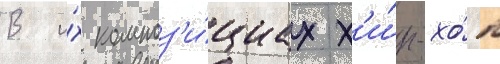
В и́х композ'и́циах х'и́п-хо́п